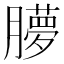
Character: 䑅